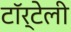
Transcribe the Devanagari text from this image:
टॉर्टेली